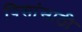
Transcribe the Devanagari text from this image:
पिसांसाठी